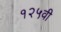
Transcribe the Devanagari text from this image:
१२५वी